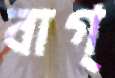
বাগ্